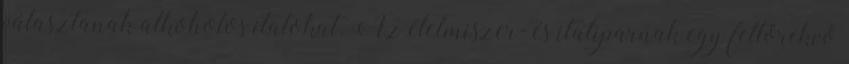
választanak alkoholos italokat. Az élelmiszer- és italiparnak egy feltörekvő